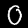
Digit: 0